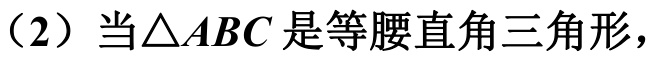
（2）当\(\triangle ABC\)是等腰直角三角形，